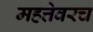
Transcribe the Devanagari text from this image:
महत्तेवरच